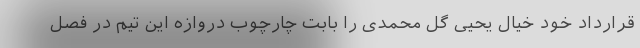
قرارداد خود خیال یحیی گل محمدی را بابت چارچوب دروازه این تیم در فصل